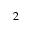
2